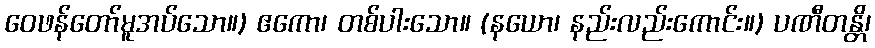
ဝေဖန်တော်မူအပ်သော။) ဧကော၊ တစ်ပါးသော။ (နယော၊ နည်းလည်းကောင်း။) ပဏီတန္တိ၊